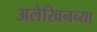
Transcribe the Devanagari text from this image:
अलेखिनच्या